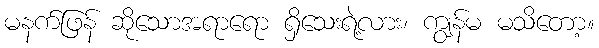
မနက်ဖြန် ဆိုသောအရာရော ရှိသေးရဲ့လား၊ ကျွန်မ မသိတော့။